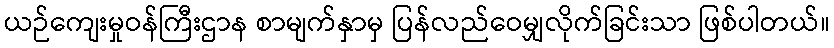
ယဉ်ကျေးမှုဝန်ကြီးဌာန စာမျက်နှာမှ ပြန်လည်ဝေမျှလိုက်ခြင်းသာ ဖြစ်ပါတယ်။